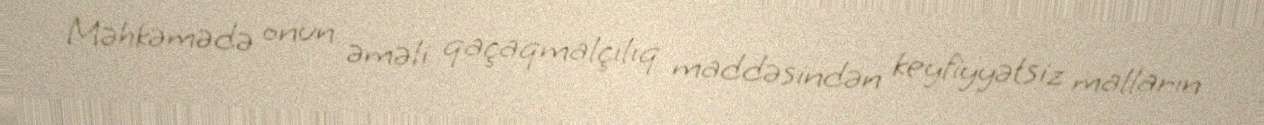
Məhkəmədə onun əməli qaçaqmalçılıq maddəsindən keyfiyyətsiz malların